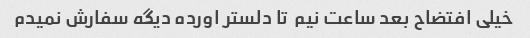
خیلی افتضاح بعد ساعت نیم  تا دلستر اورده دیگه سفارش نمیدم